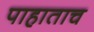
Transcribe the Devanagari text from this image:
पाहाताच